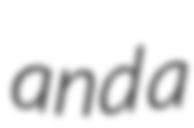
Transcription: and a